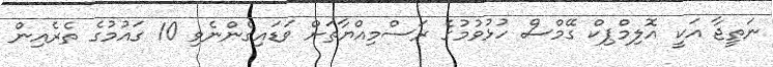
ނަތީޖާ އަކީ އޮލިމްޕިކް ގޭމްސް ހުޅުވުމުގެ ރަސްމިއްޔާތަށް ވަޑައިގެންނެވި 10 ގައުމުގެ ތެރެއިން